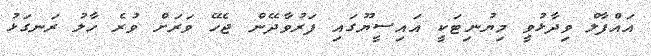
އައްފާލް ވިދާޅުވީ މިޔުނިޓަކީ އައިސީޔޫގައި ފަރުވާދޭން ޖެހޭ ވަރަށް ވުރެ ހާލު ރަނގަޅު